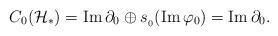
LaTeX: \begin{align*}C_0(\mathcal{H}_{\ast})=\mathrm{Im}\,\partial_0\oplus s_{_0}(\mathrm{Im}\,\varphi_0)=\mathrm{Im}\,\partial_0.\end{align*}